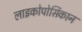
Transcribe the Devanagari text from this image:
लाइकोपोर्सिकान